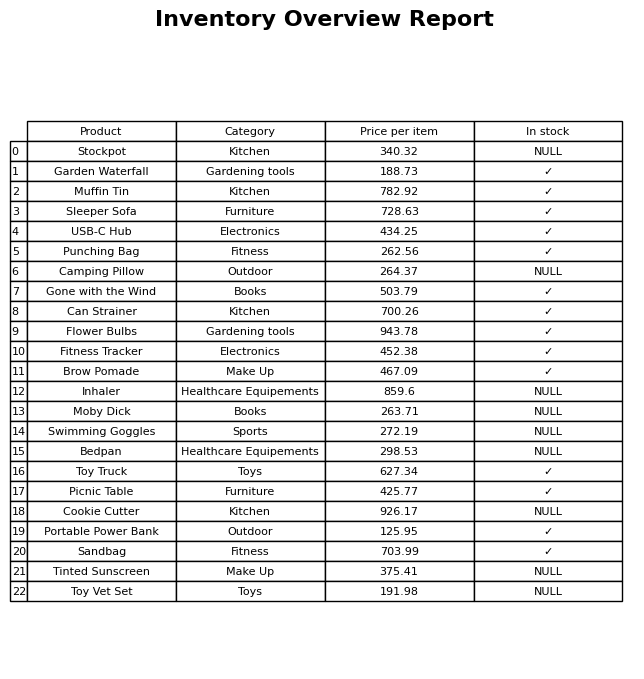
question: What category does the Toy Truck belong to?
answer: Toys